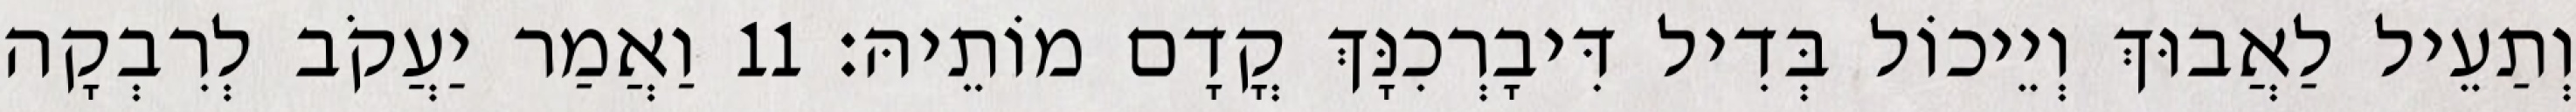
וְתַעֵיל לַאֲבוּךְ וְיֵיכוֹל בְּדִיל דִּיבָרְכִנָּךְ קֳדָם מוֹתֵיהּ׃ 11 וַאֲמַר יַעֲקֹב לְרִבְקָה